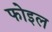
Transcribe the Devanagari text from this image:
फोइल